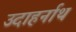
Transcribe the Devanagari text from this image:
उदाहर्नाथ